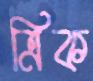
ত্রিক